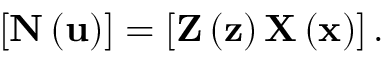
\left[ \mathbf { N } \left( \mathbf { u } \right) \right] = \left[ \mathbf { Z } \left( \mathbf { z } \right) \mathbf { X } \left( \mathbf { x } \right) \right] .